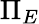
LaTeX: \Pi_{E}